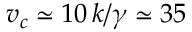
v _ { c } \simeq 1 0 \, k / \gamma \simeq 3 5